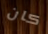
كان